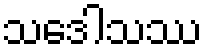
သဒေါသဿ